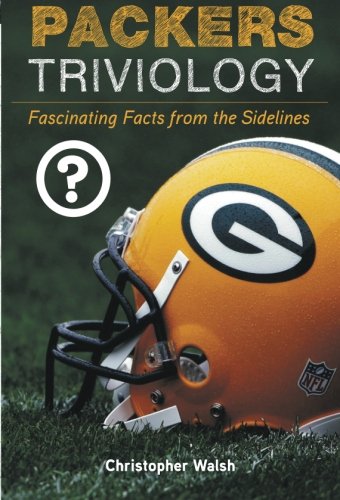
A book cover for Packers Triviology: Fascinating Facts from the Sidelines; Christopher Walsh; Travel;